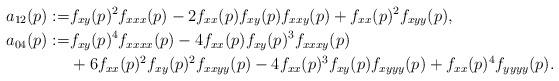
LaTeX: \begin{align*}a_{12}(p):=&f_{xy}(p)^2f_{xxx}(p)-2f_{xx}(p)f_{xy}(p)f_{xxy}(p)+f_{xx}(p)^2f_{xyy}(p), \\a_{04}(p):=&f_{xy}(p)^4f_{xxxx}(p)-4f_{xx}(p)f_{xy}(p)^3f_{xxxy}(p)\\&+6f_{xx}(p)^2f_{xy}(p)^2f_{xxyy}(p)-4f_{xx}(p)^3f_{xy}(p)f_{xyyy}(p)+f_{xx}(p)^4f_{yyyy}(p).\end{align*}